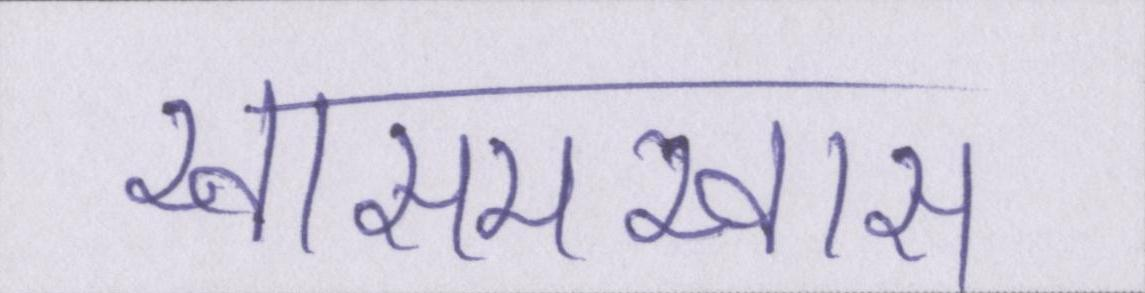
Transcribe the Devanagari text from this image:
खासमखास